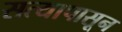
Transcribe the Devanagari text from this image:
सत्यापासून